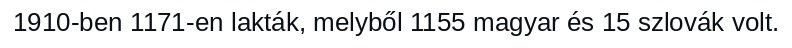
1910-ben 1171-en lakták, melyből 1155 magyar és 15 szlovák volt.